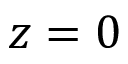
z = 0